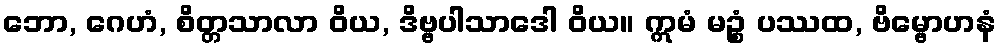
ဘော, ဂေဟံ, စိတ္တသာလာ ဝိယ, ဒိဗ္ဗပါသာဒေါ ဝိယ။ ဣမံ မဉ္စံ ပဿထ, ဗိမ္ဗောဟနံ